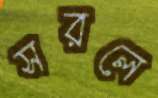
সরলে